Vaccination report Assam 1874-1896 - 1874-1896
Year: 1874
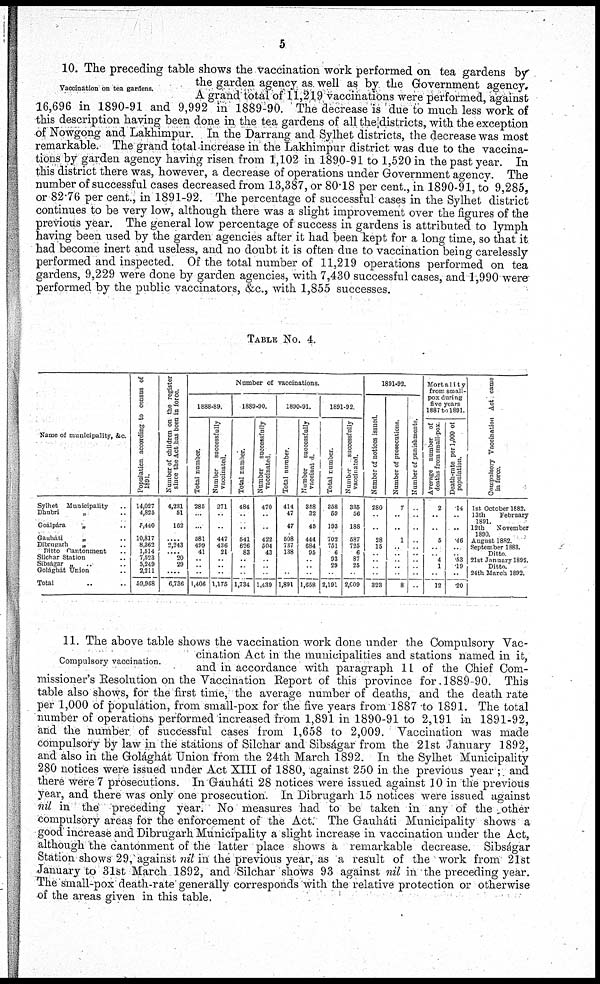
5
Vaccination on tea gardens.
10. The preceding table shows the vaccination work performed on tea gardens by
the garden agency as well as by the Government agency.
A grand total of 11,219 vaccinations were performed, against
16,696 in 1890-91 and 9,992 in 1889-90. The decrease is due to much less work of
this description having been done in the tea gardens of all the districts, with the exception
of Nowgong and Lakhimpur. In the Darrang and Sylhet districts, the decrease was most
remarkable. The grand total increase in the Lakhimpur district was due to the vaccina-
tions by garden agency having risen from 1,102 in 1890-91 to 1,520 in the past year. In
this district there was, however, a decrease of operations under Government agency. The
number of successful cases decreased from 13,387, or 80.18 per cent., in 1890-91, to 9,285,
or 82.76 per cent., in 1891-92. The percentage of successful cases in the Sylhet district
continues to be very low, although there was a slight improvement over the figures of the
previous year. The general low percentage of success in gardens is attributed to lymph
having been used by the garden agencies after it had been kept for a long time, so that it
had become inert and useless, and no doubt it is often due to vaccination being carelessly
performed and inspected. Of the total number of 11,219 operations performed on tea
gardens, 9,229 were done by garden agencies, with 7,430 successful cases, and 1,990 were
performed by the public vaccinators, &c., with 1,855 successes.
TABLE No. 4.
Name of municipality, &c.
Sylhet Municipality ..
Dhubri
„ ..
Goálpára
„ ..
Gauháti
„ ..
Dibruparh
„ ..
Ditto Cantonment ..
Silchar Station ..
Sibságar „
.. ..
Golághát Union ..
Total .. ..
Population according to census of
1891.
14,027
4,825
5,440
10,817
8,362
1,514
7,523
5,249
2,211
59,968
Number of children on the register
since the Act has been in force.
4,231
51
162
.... 2,243
.... 20
29
....
6,736
Number of vaccinations.
1888-89.
Total number.
285
..
..
581
499
41
..
.. ..
1,406
Number
successfully
vaccinated.
271
..
..
447
436
21
..
..
..
1,175
1889-90.
Total number.
484
..
..
541
626
83
..
..
..
1,734
Number successfully
vaccinated.
470
..
..
422
504
43
..
..
..
1,439
1890-91.
Total number.
414
47
47
508
737
138
..
..
..
1,891
Number
successfully
vaccinated
358
32
45
444
684
95
..
..
..
1,658
1891-92.
Total number.
358
59
193
702
751
6
93
29
..
2,191
Number
successfully
vaccinated.
335
56
188
587
725
6
87
25
..
2,009
1891-92.
Number of notices issued.
280
..
..
28
15
..
..
..
..
323
Number of prosecutions
7
..
..
1
..
..
..
..
..
8
Number of punishments.
...
..
..
..
..
..
..
..
..
..
Morta1ity
from small-
pox during
five years
1887 to 1891.
Average number of
deaths from small-pox
2
..
..
5
..
.. 4
1
..
12
Death-rate per 1,000 of
population.
.14
..
..
.46
..
.. 53
.19
..
20
Compulsory Vaccination Act came
in force.
1st October 1882.
13th
February
1891.
12th
November
1890
August 1882
September 1883.
Ditto
21st January 1892.
Ditto.
24th March 1892.
Compulsory vaccination.
11. The above table shows the vaccination work done under the Compulsory Vac-
cination Act in the municipalities and stations named in it,
and in accordance with paragraph 11 of the Chief Com-
missioner's Resolution on the Vaccination Report of this province for 1889-90. This
table also shows, for the first time, the average number of deaths, and the death rate
per 1,000 of population, from small-pox for the five years from 1887 to 1891. The total
number of operations performed increased from 1,891 in 1890-91 to 2,191 in 1891-92,
and the number of successful cases from 1,658 to 2,009. Vaccination was made
compulsory by law in the stations of Silchar and Sibságar from the 21st January 1892,
and also in the Golághát Union from the 24th March 1892. In the Sylhet Municipality
280 notices were issued under Act XIII of 1880, against 250 in the previous year ; and
there were 7 prosecutions. In Gauháti 28 notices were issued against 10 in the previous
year, and there was only one prosecution. In Dibrugarh 15 notices were issued against
nil in the preceding year. No measures had to be taken in any of the other
compulsory areas for the enforcement of the Act. The Gauháti Municipality shows a
good increase and Dibrugarh Municipality a slight increase in vaccination under the Act,
although the cantonment of the latter place shows a remarkable decrease. Sibságar
Station shows 29, against nil in the previous year, as a result of the work from 21st
January to 31st March 1892, and Silchar shows 93 against nil in the preceding year.
The small-pox death-rate generally corresponds with the relative protection or otherwise
of the areas given in this table.